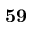
\bf { 5 9 }